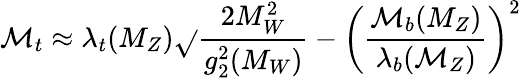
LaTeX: \mathcal{M}_{t}\approx\lambda_{t}(M_{Z})\sqrt{}{{{\frac{{2M_{W}^{2}}}{{g_{2}^{2}(M_{W})}}}-\left({\frac{{\mathcal{M}_{b}(M_{Z})}}{{\lambda_{b}(\mathcal{M}_{Z})}}}\right)^{2}}}